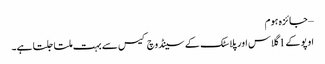
– جائزہ ہوم
اوپو کے 1 گلاس اور پلاسٹک کے سینڈوچ کیس سے بہت ملتا جلتا ہے۔